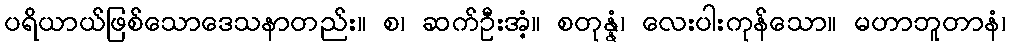
ပရိယာယ်ဖြစ်သောဒေသနာတည်း။ စ၊ ဆက်ဦးအံ့။ စတုန္နံ၊ လေးပါးကုန်သော။ မဟာဘူတာနံ၊